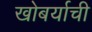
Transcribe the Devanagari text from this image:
खोबर्याची